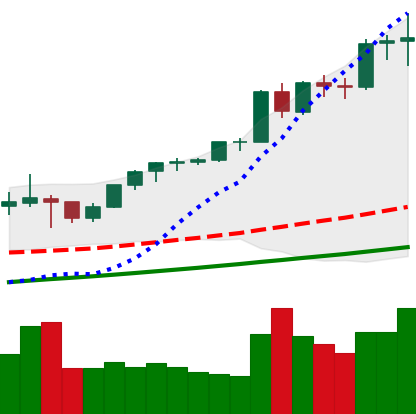
Ticker: ETH-USD
Chart end date: 2021-05-10
Forward return: -7.949%
Label: down_7plus